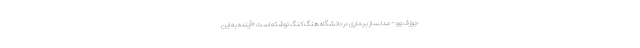
جوزف وو - مدلساز بیماری در دانشگاه هنگ کنگ نوشته است «آینده به این